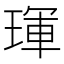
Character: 琿